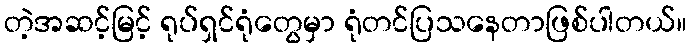
တဲ့အဆင့်မြင့် ရုပ်ရှင်ရုံတွေမှာ ရုံတင်ပြသနေတာဖြစ်ပါတယ်။